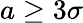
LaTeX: a\geq 3\sigma